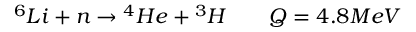
\begin{array} { r } { \displaystyle { ^ 6 } L i + n \rightarrow { ^ 4 } H e + { ^ 3 } H \qquad Q = 4 . 8 M e V } \end{array}